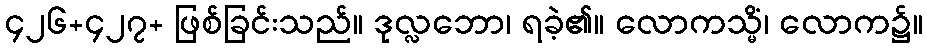
၄၂၆+၄၂၇+ ဖြစ်ခြင်းသည်။ ဒုလ္လဘော၊ ရခဲ့၏။ လောကသ္မိံ၊ လောက၌။